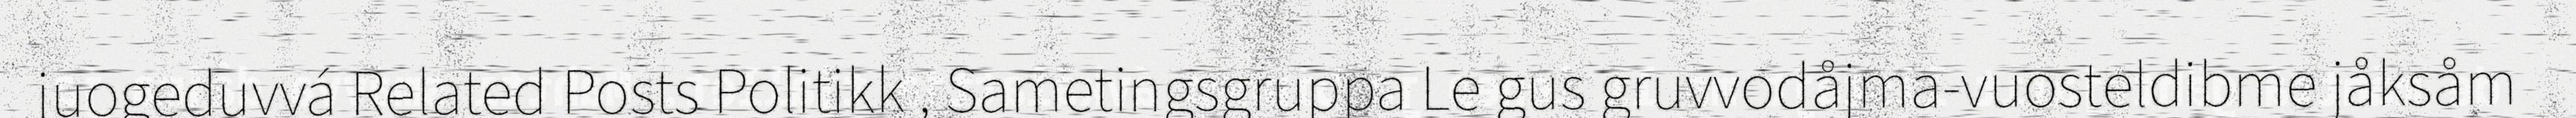
juogeduvvá Related Posts Politikk , Sametingsgruppa Le gus gruvvodåjma-vuosteldibme jåksåm